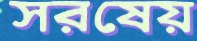
সরষেয়